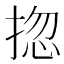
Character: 㧾